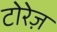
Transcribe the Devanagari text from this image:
टोरेज़